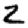
Digit: 2